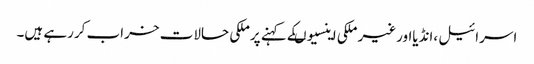
اسرائیل ،انڈیااورغیر ملکی اینسیوںکے کہنے پرملکی حالات خراب کررہے ہیں۔